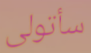
سأتولى